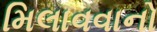
મિલાવવાનો